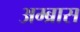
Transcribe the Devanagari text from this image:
अम्ब्रास